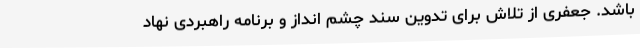
باشد. جعفری از تلاش برای تدوین سند چشم انداز و برنامه راهبردی نهاد